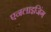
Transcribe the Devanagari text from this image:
एनलाइजिंग